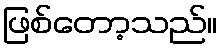
ဖြစ်တော့သည်။